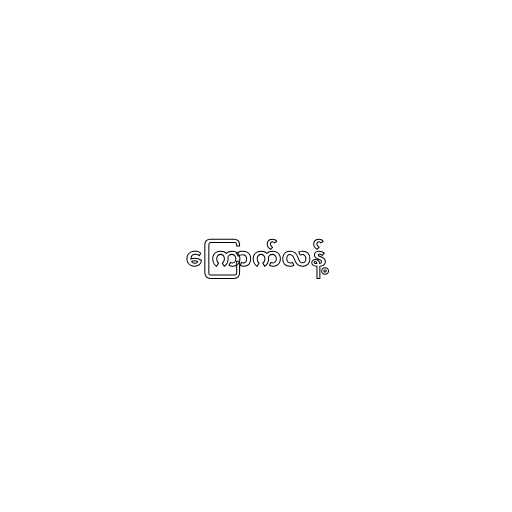
ကြောက်လန့်